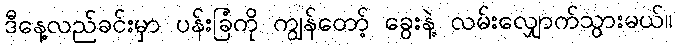
ဒီနေ့လည်ခင်းမှာ ပန်းခြံကို ကျွန်တော့် ခွေးနဲ့ လမ်းလျှောက်သွားမယ်။